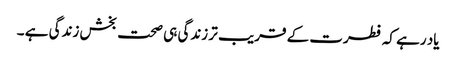
یاد رہے کہ فطرت کے قریب تر زندگی ہی صحت بخش زندگی ہے ۔